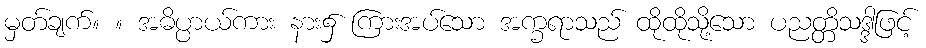
မှတ်ချက်။ ။ အဓိပ္ပာယ်ကား နား၌ ကြားအပ်သော အက္ခရာသည် ထိုထိုသို့သော ပညတ္တိသဒ္ဒါဖြင့်